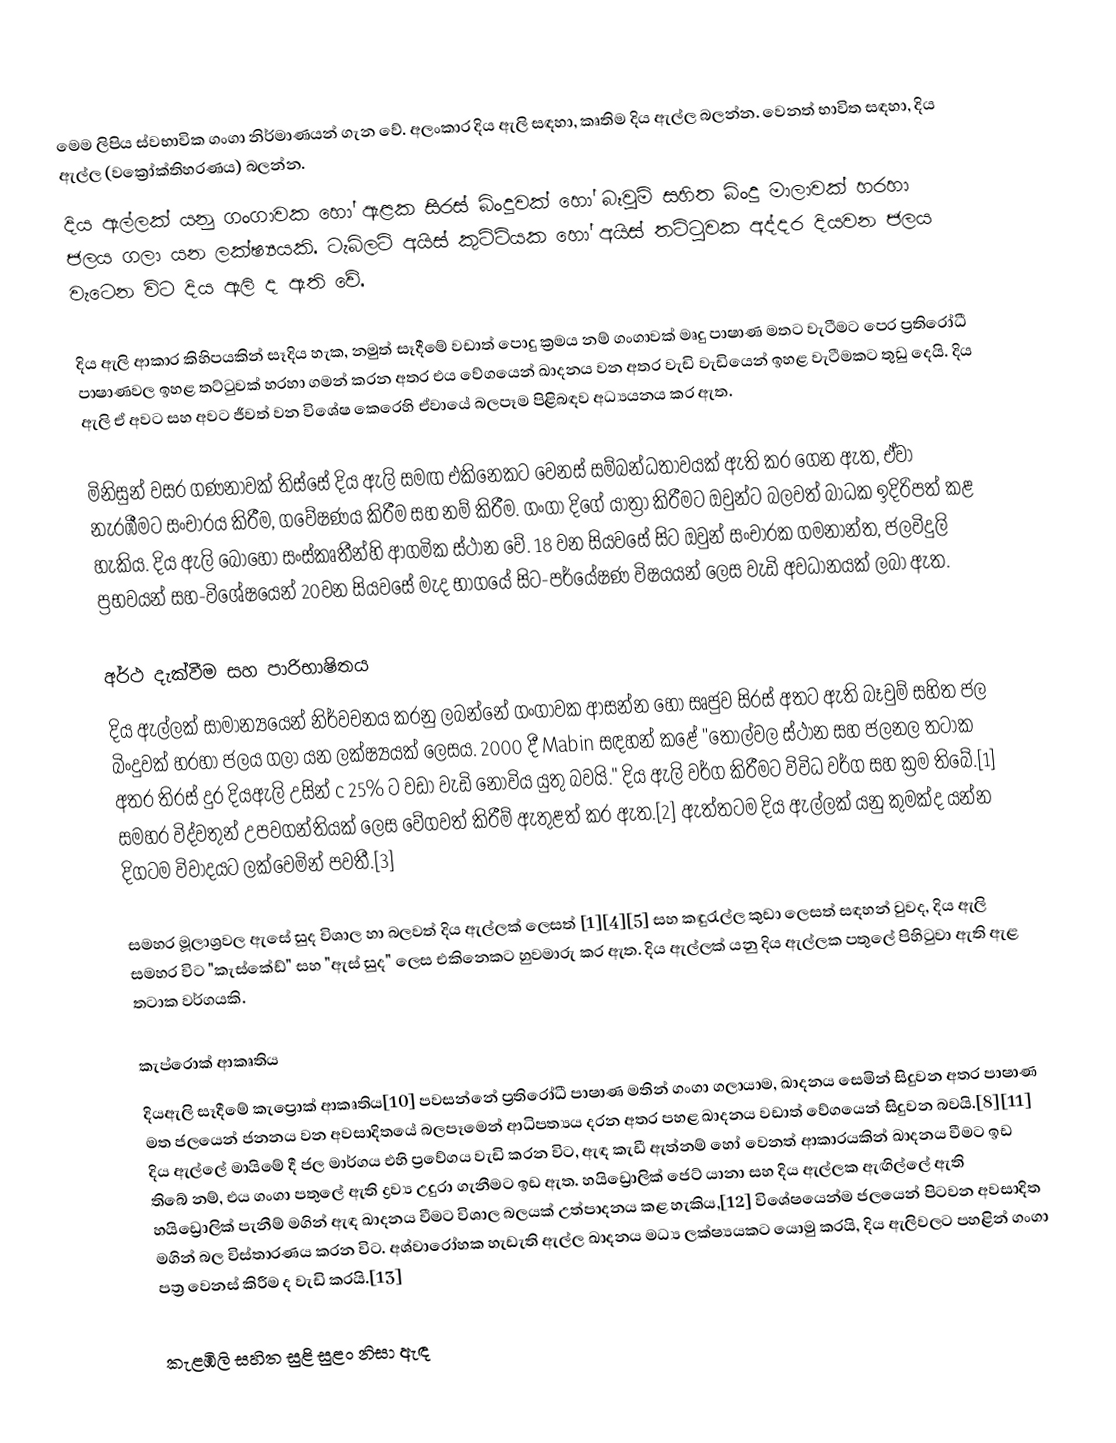
මෙම ලිපිය ස්වභාවික ගංගා නිර්මාණයන් ගැන වේ. අලංකාර දිය ඇලි සඳහා, කෘතිම දිය ඇල්ල බලන්න. වෙනත් භාවිත සඳහා, දිය ඇල්ල (වක්‍රෝක්තිහරණය) බලන්න.
දිය ඇල්ලක් යනු ගංගාවක හෝ ඇළක සිරස් බිංදුවක් හෝ බෑවුම් සහිත බිංදු මාලාවක් හරහා ජලය ගලා යන ලක්ෂ්‍යයකි. ටැබ්ලට් අයිස් කුට්ටියක හෝ අයිස් තට්ටුවක අද්දර දියවන ජලය වැටෙන විට දිය ඇලි ද ඇති වේ.

දිය ඇලි ආකාර කිහිපයකින් සෑදිය හැක, නමුත් සෑදීමේ වඩාත් පොදු ක්‍රමය නම් ගංගාවක් මෘදු පාෂාණ මතට වැටීමට පෙර ප්‍රතිරෝධී පාෂාණවල ඉහළ තට්ටුවක් හරහා ගමන් කරන අතර එය වේගයෙන් ඛාදනය වන අතර වැඩි වැඩියෙන් ඉහළ වැටීමකට තුඩු දෙයි. දිය ඇලි ඒ අවට සහ අවට ජීවත් වන විශේෂ කෙරෙහි ඒවායේ බලපෑම පිළිබඳව අධ්‍යයනය කර ඇත.

මිනිසුන් වසර ගණනාවක් තිස්සේ දිය ඇලි සමඟ එකිනෙකට වෙනස් සම්බන්ධතාවයක් ඇති කර ගෙන ඇත, ඒවා නැරඹීමට සංචාරය කිරීම, ගවේෂණය කිරීම සහ නම් කිරීම. ගංගා දිගේ යාත්‍රා කිරීමට ඔවුන්ට බලවත් බාධක ඉදිරිපත් කළ හැකිය. දිය ඇලි බොහෝ සංස්කෘතීන්හි ආගමික ස්ථාන වේ. 18 වන සියවසේ සිට ඔවුන් සංචාරක ගමනාන්ත, ජලවිදුලි ප්‍රභවයන් සහ-විශේෂයෙන් 20වන සියවසේ මැද භාගයේ සිට-පර්යේෂණ විෂයයන් ලෙස වැඩි අවධානයක් ලබා ඇත.

අර්ථ දැක්වීම සහ පාරිභාෂිතය
දිය ඇල්ලක් සාමාන්‍යයෙන් නිර්වචනය කරනු ලබන්නේ ගංගාවක ආසන්න හෝ සෘජුව සිරස් අතට ඇති බෑවුම් සහිත ජල බිංදුවක් හරහා ජලය ගලා යන ලක්ෂ්‍යයක් ලෙසය. 2000 දී Mabin සඳහන් කළේ "තොල්වල ස්ථාන සහ ජලනල තටාක අතර තිරස් දුර දියඇලි උසින් c 25% ට වඩා වැඩි නොවිය යුතු බවයි." දිය ඇලි වර්ග කිරීමට විවිධ වර්ග සහ ක්‍රම තිබේ.[1] සමහර විද්වතුන් උපවගන්තියක් ලෙස වේගවත් කිරීම් ඇතුළත් කර ඇත.[2] ඇත්තටම දිය ඇල්ලක් යනු කුමක්ද යන්න දිගටම විවාදයට ලක්වෙමින් පවතී.[3]

සමහර මූලාශ්‍රවල ඇසේ සුද විශාල හා බලවත් දිය ඇල්ලක් ලෙසත් [1][4][5] සහ කඳුරැල්ල කුඩා ලෙසත් සඳහන් වුවද, දිය ඇලි සමහර විට "කැස්කේඩ්" සහ "ඇස් සුද" ලෙස එකිනෙකට හුවමාරු කර ඇත. දිය ඇල්ලක් යනු දිය ඇල්ලක පතුලේ පිහිටුවා ඇති ඇළ තටාක වර්ගයකි.

කැප්රොක් ආකෘතිය
දියඇලි සෑදීමේ කැප්‍රොක් ආකෘතිය[10] පවසන්නේ ප්‍රතිරෝධී පාෂාණ මතින් ගංගා ගලායාම, ඛාදනය සෙමින් සිදුවන අතර පාෂාණ මත ජලයෙන් ජනනය වන අවසාදිතයේ බලපෑමෙන් ආධිපත්‍යය දරන අතර පහළ ඛාදනය වඩාත් වේගයෙන් සිදුවන බවයි.[8][11] දිය ඇල්ලේ මායිමේ දී ජල මාර්ගය එහි ප්‍රවේගය වැඩි කරන විට, ඇඳ කැඩී ඇත්නම් හෝ වෙනත් ආකාරයකින් ඛාදනය වීමට ඉඩ තිබේ නම්, එය ගංගා පතුලේ ඇති ද්‍රව්‍ය උදුරා ගැනීමට ඉඩ ඇත. හයිඩ්‍රොලික් ජෙට් යානා සහ දිය ඇල්ලක ඇඟිල්ලේ ඇති හයිඩ්‍රොලික් පැනීම් මගින් ඇඳ ඛාදනය වීමට විශාල බලයක් උත්පාදනය කළ හැකිය,[12] විශේෂයෙන්ම ජලයෙන් පිටවන අවසාදිත මගින් බල විස්තාරණය කරන විට. අශ්වාරෝහක හැඩැති ඇල්ල ඛාදනය මධ්‍ය ලක්ෂ්‍යයකට යොමු කරයි, දිය ඇලිවලට පහළින් ගංගා පත්‍ර වෙනස් කිරීම ද වැඩි කරයි.[13]

කැළඹිලි සහිත සුළි සුළං නිසා ඇඳ